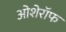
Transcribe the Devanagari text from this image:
ओशेरॉफ